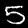
Label: 5